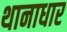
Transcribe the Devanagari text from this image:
थानाधार